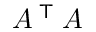
A ^ { \textsf { T } } A